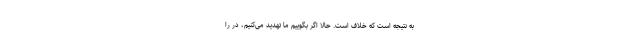
به نتیجه است که خلاف است. حالا اگر بگوییم ما تهدید می‌کنیم، در را